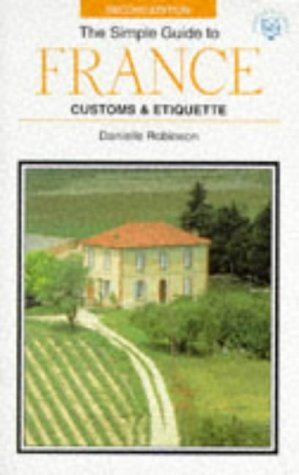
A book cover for The Simple Guide to France Customs & Etiquette (Simple Guides Customs and Etiquette); Danielle Robinson; Travel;